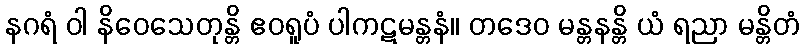
နဂရံ ဝါ နိဝေသေတုန္တိ ဧဝရူပံ ပါကဋမန္တနံ။ တဒေဝ မန္တနန္တိ ယံ ရညာ မန္တိတံ